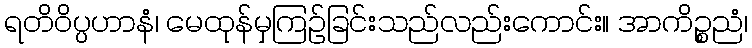
ရတိဝိပ္ပဟာနံ၊ မေထုန်မှကြဉ်ခြင်းသည်လည်းကောင်း။ အာကိဉ္စညံ၊